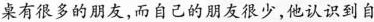
桌有很多的朋友，而自己的朋友很少，他认识到自